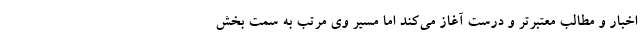
اخبار و مطالب معتبرتر و درست آغاز می‌کند اما مسیر وی مرتب به سمت بخش